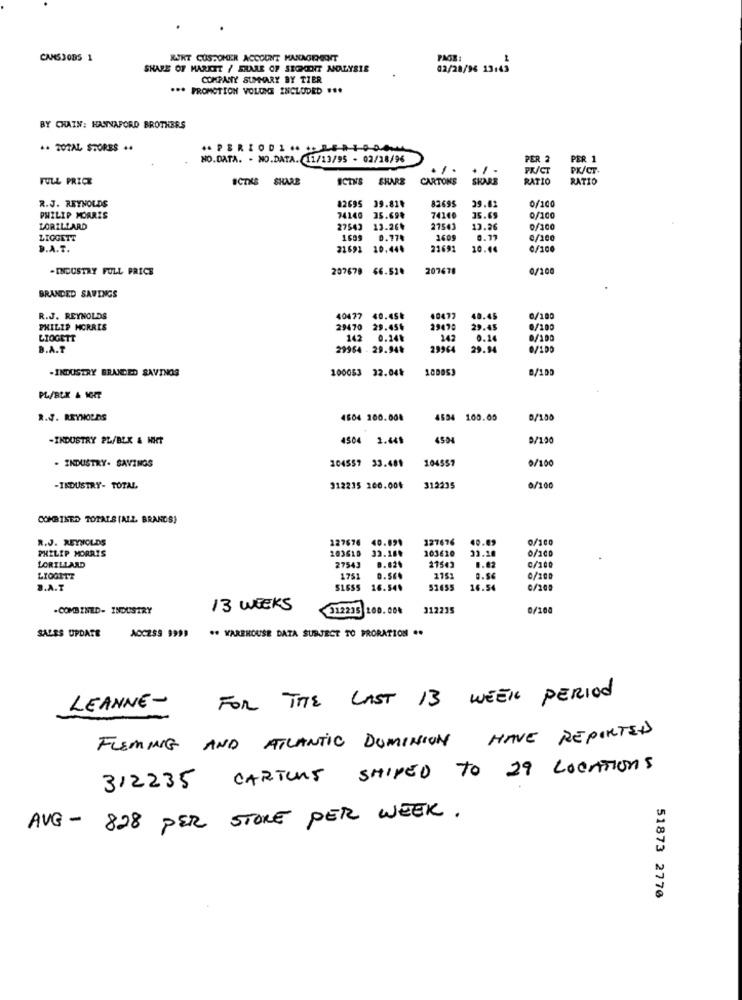
CAMSJOBS 1
RIKT CUSTOMER ACCOUNT MANAGERNECHT
PAGE
SHARE OF MARKET / SHARE OF SEOKENT ANALYSIS
02/28/96 13:43
COMPANY SUMMARY BY TIER
*** PROMOTION VOLONE INCLUDED ...
BY CHAIN: HANNAFORD BROTHERS
** TOTAL STORES **
APERIODI .... 10044
NO.DATA. . NO.DATA. 11/13/95 - 02/18/96
PER 2
PER 1
PK/CT
PK/CT.
FULL PRICE
ICTKS SHARE
ICTNS
SHARE
CARTONS
SKARB
RATIO
RATIO
R.J. REYNOLDS
82695 39.81*
82695
0/100
39.42
PHILIP MORRIS
74140
35.69%
74140
15.65
0/100
LORILLARD
27543
13.26%
27543
13.36
0/100
LIGGETT
1609
0.77₺
1609
0.77
0/100
D.A.T.
21691
20.444
21691
20.44
0/100
-INDUSTRY FULL PRICE
207679 66.52.
207678
0/100
BRANDED SAVINGS
R.J. REYNOLDS
40477
40.45k
40472
40.45
0/100
PHILIP MORRIS
29470
29.45%
29470
29.45
1/100
LIOGETT
142
0.24%
242
0.24
0/100
B.A.T
29964 - 29.944
29964
29.94
0/100
-INDUSTRY BRANDED SAVINGS
100053 32.044
100053
0/100
PL/BLK & NHT
R.J. REYNOLDS
4604 200.00%
4554 100.05
B/100
-INDUSTRY PL/BLK & HIT
4504 1.64%
4504
0/100
. INDUSTRY- SAVINGS
104557 33.481
104557
0/100
-INDUSTRY- TOTAL
312215 200.00₺
312235
0/100
COMBINED TOTALS (ALL BRANDS)
R.J. REYNOLDS
127676
40.891
127676
40.89
0/100
PHILIP MORRIS
203610
33.18%
103620
31.10
o/100
8. 624
21543
0.82
C/100
LORILLARD
27543
LIOGITT
1751
D.SE.
1151
0.54
0/200
3.A.T
16.54.
51655
16.54
0/205
-COMBINED- INDUSTRY
13 WEEKS
312235 200.00₺
312235
0/10
** WAREHOUSE DATA SUBJECT TO PRORATION ..
SALES UPDATE
AOCZS9 9999
FOR THE LAST IS WEEK PERIOD
LEANNE-
FLEMING AND ATLANTIC DOMINION HAVE REPORTED
312235 CARTONS SHIPED TO 29 LOCATIONS
AVG - 828 PER STORE PER WEEK .
51873 2770